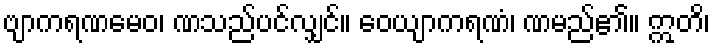
ဗျာကရဏမေဝ၊ ဏသည်ပင်လျှင်။ ဝေယျာကရဏံ၊ ဏမည်၏။ ဣတိ၊